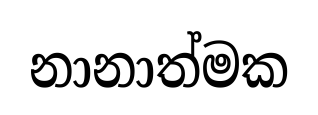
නානාත්මක